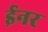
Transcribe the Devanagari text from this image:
ईनर